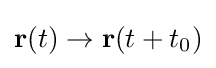
\mathbf {r} (t)\rightarrow \mathbf {r} (t+t_{0})